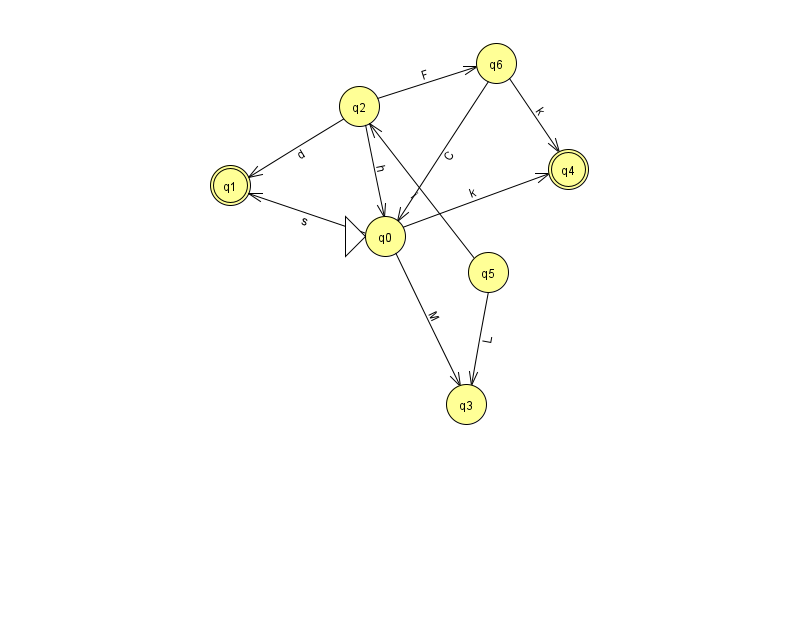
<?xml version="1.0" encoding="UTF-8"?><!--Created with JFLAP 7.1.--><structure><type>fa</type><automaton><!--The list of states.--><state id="0" name="q0"><x>385.0</x><y>223.0</y><initial/></state><state id="1" name="q1"><x>230.0</x><y>172.0</y><final/></state><state id="2" name="q2"><x>359.0</x><y>93.0</y></state><state id="3" name="q3"><x>466.0</x><y>391.0</y></state><state id="4" name="q4"><x>568.0</x><y>156.0</y><final/></state><state id="5" name="q5"><x>488.0</x><y>259.0</y></state><state id="6" name="q6"><x>496.0</x><y>50.0</y></state><!--The list of transitions.--><transition><from>0</from><to>4</to><read>k</read></transition><transition><from>2</from><to>1</to><read>d</read></transition><transition><from>6</from><to>0</to><read>C</read></transition><transition><from>6</from><to>4</to><read>k</read></transition><transition><from>0</from><to>3</to><read>M</read></transition><transition><from>2</from><to>0</to><read>h</read></transition><transition><from>0</from><to>1</to><read>s</read></transition><transition><from>2</from><to>6</to><read>F</read></transition><transition><from>5</from><to>2</to><read>i</read></transition><transition><from>5</from><to>3</to><read>L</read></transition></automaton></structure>